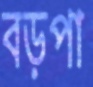
বড়পা